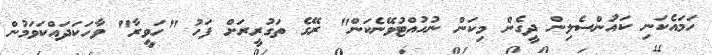
ހަމައެކަނި ކައުންސެލިން ދީގެން މިކަން ނުހުއްޓުވޭނެކަން" ރޭގެ ތަގުރީރަށް ފަހު "ހަވީރާ" ވާހަކަދައްކަވަމުން